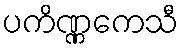
ပကိဏ္ဏကေသီ